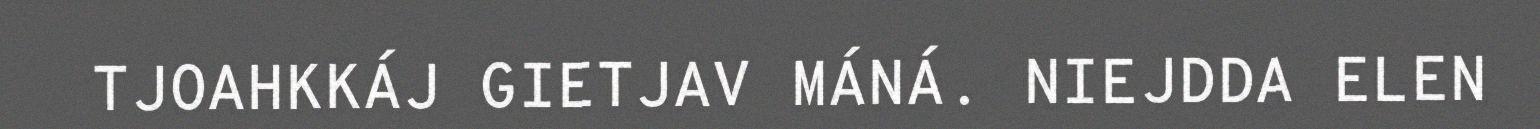
TJOAHKKÁJ GIETJAV MÁNÁ. NIEJDDA ELEN